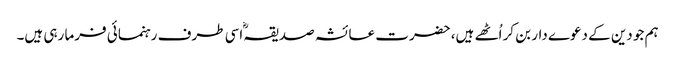
ہم جو دین کے دعوے دار بن کر اُٹھے ہیں، حضرت عائشہ صدیقہؓ اسی طرف رہنمائی فرما رہی ہیں۔